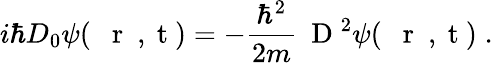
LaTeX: i\hbar D_{0}\psi(\mathrm{~{~\mathbf~r~}~,~t~})=-\frac{\hbar^{2}}{2m}\mathrm{~\mathbf~D~}^{2}\psi(\mathrm{~{~\mathbf~r~}~,~t~})\; .